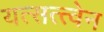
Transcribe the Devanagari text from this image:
यत्सत्त्वेन